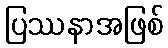
ပြဿနာအဖြစ်